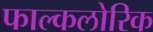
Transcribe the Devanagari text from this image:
फाल्कलोरिक